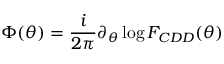
\Phi ( \theta ) = { \frac { i } { 2 \pi } } \partial _ { \theta } \log F _ { C D D } ( \theta )